Civil Veterinary Dept. North-West Frontier Province 1901-22 - 1901-1922
Year: 1901
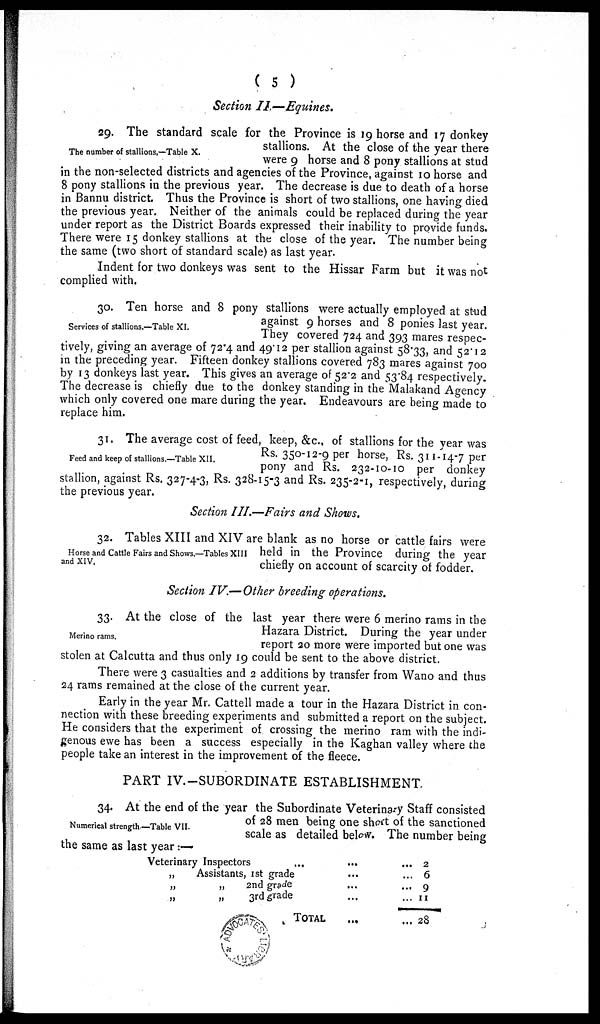
( 5 )
Section II.—Equines.
The number of stallions.—Table X.
29. The standard scale for the Province is 19 horse and 17 donkey
stallions. At the close of the year there
were 9 horse and 8 pony stallions at stud
in the non-selected districts and agencies of the Province against 10 horse and
8 pony stallions in the previous year. The decrease is due to death of a horse
in Bannu district. Thus the Province is short of two stallions, one having died
the previous year. Neither of the animals could be replaced during the year
under report as the District Boards expressed their inability to provide funds.
There were 15 donkey stallions at the close of the year. The number being
the same (two short of standard scale) as last year.
Indent for two donkeys was sent to the Hissar Farm but it was not
complied with.
Services of stallions.—Table XI.
30. Ten horse and 8 pony stallions were actually employed at stud
against 9 horses and 8 ponies last year.
They covered 724 and 393 mares respec-
tively, giving an average of 72.4 and 49.12 per stallion against 58.33, and 52.12
in the preceding year. Fifteen donkey stallions covered 783 mares against 700
by 13 donkeys last year. This gives an average of 52.2 and 53.84 respectively.
The decrease is chiefly due to the donkey standing in the Malakand Agency
which only covered one mare during the year. Endeavours are being made to
replace him.
Feed and keep of stallions.—Table XII.
31. The average cost of feed, keep, &c., of stallions for the year was
Rs. 350-12-9 per horse, Rs. 311-14-7 per
pony and Rs. 232-10-10 per donkey
stallion, against Rs. 327-4-3, Rs. 328-15-3 and Rs. 235-2-1, respectively, during
the previous year.
Section III.—Fairs and Shows.
Horse and Cattle Fairs and Shows.—Tables XIII
and XIV.
32. Tables XIII and XIV are blank as no horse or cattle fairs were
held in the Province during the year
chiefly on account of scarcity of fodder.
Section IV.— Other breeding operations.
Merino rams.
33. At the close of the last year there were 6 merino rams in the
Hazara District. During the year under
report 20 more were imported but one was
stolen at Calcutta and thus only 19 could be sent to the above district.
There were 3 casualties and 2 additions by transfer from Wano and thus
24 rams remained at the close of the current year.
Early in the year Mr. Cattell made a tour in the Hazara District in con-
nection with these breeding experiments and submitted a report on the subject.
He considers that the experiment of crossing the merino ram with the indi-
genous ewe has been a success especially in the Kaghan valley where the
people take an interest in the improvement of the fleece.
PART IV.—SUBORDINATE ESTABLISHMENT
Numerical strength—Table VII.
34. At the end of the year the Subordinate Veterinary Staff consisted
of 28 men being one short of the sanctioned
scale as detailed below. The number being
the same as last year :—
Veterinary Inspectors …
„
Assistants, 1st grade
„
„
2nd grade
„ „ 3rd grade
TOTAL
...
...
...
...
...
... 2
... 6
... 9
... 11
... 28